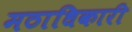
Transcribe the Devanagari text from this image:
मठाधिकारी